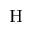
_ \mathrm { H }